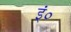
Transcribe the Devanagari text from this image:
इं०